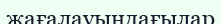
жағалауындағылар